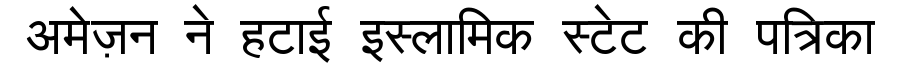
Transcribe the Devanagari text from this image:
अमेज़न ने हटाई इस्लामिक स्टेट की पत्रिका